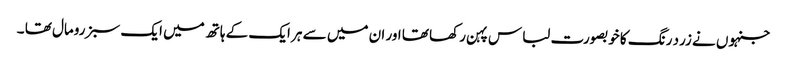
جنہوں نے زرد رنگ کا خوبصورت لباس پہن رکھا تھا اور ان میں سے ہر ایک کے ہاتھ میں ایک سبز رومال تھا ۔